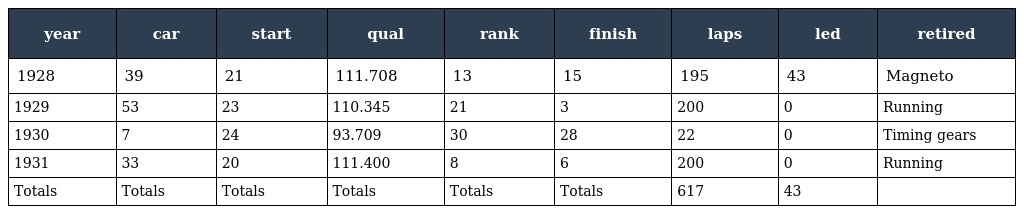
| year | car | start | qual | rank | finish | laps | led | retired |
 | --- | --- | --- | --- | --- | --- | --- | --- | --- |
 | 1928 | 39 | 21 | 111.708 | 13 | 15 | 195 | 43 | Magneto |
 | 1929 | 53 | 23 | 110.345 | 21 | 3 | 200 | 0 | Running |
 | 1930 | 7 | 24 | 93.709 | 30 | 28 | 22 | 0 | Timing gears |
 | 1931 | 33 | 20 | 111.400 | 8 | 6 | 200 | 0 | Running |
 | Totals | Totals | Totals | Totals | Totals | Totals | 617 | 43 |  |